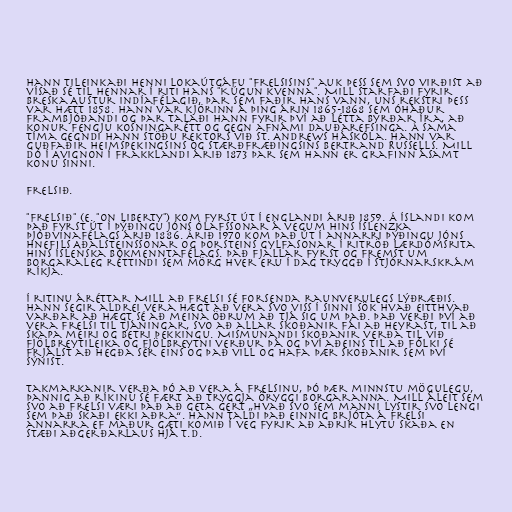
Hann tileinkaði henni lokaútgáfu "Frelsisins" auk þess sem svo virðist að
vísað sé til hennar í riti hans "Kúgun kvenna". Mill starfaði fyrir
Breska Austur Indíafélagið, þar sem faðir hans vann, uns rekstri þess
var hætt 1858. Hann var kjörinn á þing árin 1865-1868 sem óháður
frambjóðandi og þar talaði hann fyrir því að létta byrðar Íra, að
konur fengju kosningarétt og gegn afnámi dauðarefsinga. Á sama
tíma gegndi hann stöðu rektors við St. Andrews háskóla. Hann var
guðfaðir heimspekingsins og stærðfræðingsins Bertrand Russells. Mill
dó í Avignon í Frakklandi árið 1873 þar sem hann er grafinn ásamt
konu sinni.

Frelsið.

"Frelsið" (e. "On Liberty") kom fyrst út í Englandi árið 1859. Á Íslandi kom
það fyrst út í þýðingu Jóns Ólafssonar á vegum Hins íslenzka
þjóðvinafélags árið 1886. Árið 1970 kom það út í annarri þýðingu Jóns
Hnefils Aðalsteinssonar og Þorsteins Gylfasonar í ritröð Lærdómsrita
Hins íslenska bókmenntafélags. Það fjallar fyrst og fremst um
borgaraleg réttindi sem mörg hver eru í dag tryggð í stjórnarskrám
ríkja.

Í ritinu áréttar Mill að frelsi sé forsenda raunverulegs lýðræðis.
Hann segir aldrei vera hægt að vera svo viss í sinni sök hvað eitthvað
varðar að hægt sé að meina öðrum að tjá sig um það. Það verði því að
vera frelsi til tjáningar, svo að allar skoðanir fái að heyrast, til að
skapa meiri og betri þekkingu. Mismunandi skoðanir verða til við
fjölbreytileika og fjölbreytni verður þá og því aðeins til að fólki sé
frjálst að hegða sér eins og það vill og hafa þær skoðanir sem því
sýnist.

Takmarkanir verða þó að vera á frelsinu, þó þær minnstu mögulegu,
þannig að ríkinu sé fært að tryggja öryggi borgaranna. Mill áleit sem
svo að frelsi væri það að geta gert „hvað svo sem manni lystir svo lengi
sem það skaði ekki aðra“. Hann taldi það einnig brjóta á frelsi
annarra ef maður gæti komið í veg fyrir að aðrir hlytu skaða en
stæði aðgerðarlaus hjá t.d.